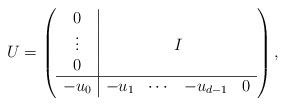
LaTeX: \begin{align*} U = \left( \begin{array}{c|cccc} 0 & \\ \vdots & \multicolumn{4}{c}{I} \\ 0 & \\ \hline -u_0 & -u_1 & \cdots & - u_{d-1} & 0 \end{array} \right),\end{align*}